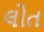
લોત